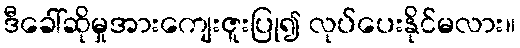
ဒီခေါ်ဆိုမှုအားကျေးဇူးပြု၍ လုပ်ပေးနိုင်မလား။